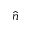
\hat { n }